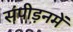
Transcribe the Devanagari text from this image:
संपीड़नमें